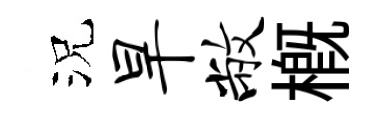
況旱敝槪